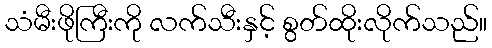
သံမီးဖိုကြီးကို လက်သီးနှင့် စွတ်ထိုးလိုက်သည်။